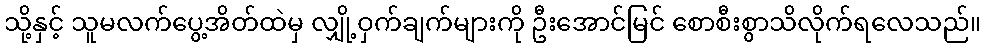
သို့နှင့် သူမလက်ပွေ့အိတ်ထဲမှ လျှို့ဝှက်ချက်များကို ဦးအောင်မြင် စောစီးစွာသိလိုက်ရလေသည်။